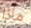
ماذا